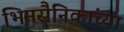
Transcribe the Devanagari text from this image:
भिमसैनिकांच्या